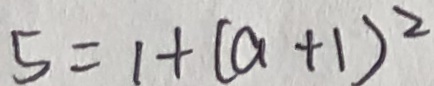
5 = 1 + ( a + 1 ) ^ { 2 }